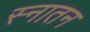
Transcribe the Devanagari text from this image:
स्नातन